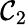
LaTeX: \mathcal{C}_{2}